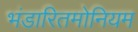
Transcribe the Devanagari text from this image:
भंडारितमोनियम